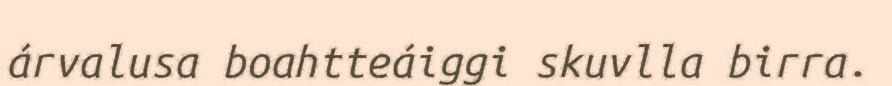
árvalusa boahtteáiggi skuvlla birra.